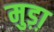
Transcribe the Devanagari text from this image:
मुड़ा़